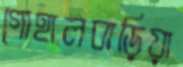
গোহালবাড়িয়া